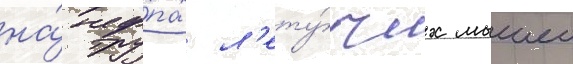
на́ тру́пах л'ету́чих мышеи